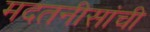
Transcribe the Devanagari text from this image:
मदतनीसांची